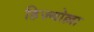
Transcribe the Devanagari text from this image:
हिज़्बोल्ला